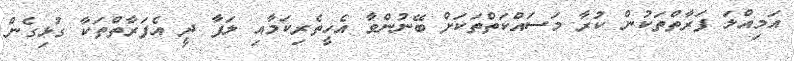
އަމިއްލަ ފަރާތްތަކުން ކުރާ މަސައްކަތްތަކަށް ބޭނުންވާ އެހީތެރިކަމާއި ލަފާ ދީ އެފަރާތްތަކާ ގުޅިގެން